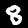
Digit: 8